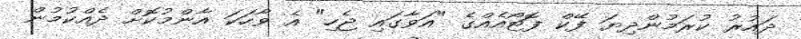
ދައުރު ކުރަމުންދިޔަ ފޭކް ފޮޓޯއެއްގެ "އަވާގައި ޖެހި" އެ ވާހަކަ އާންމުކޮށް ދެއްކުމުން